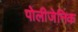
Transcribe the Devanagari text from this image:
पोलीजेनिक